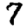
Digit: 7